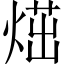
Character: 𤋿